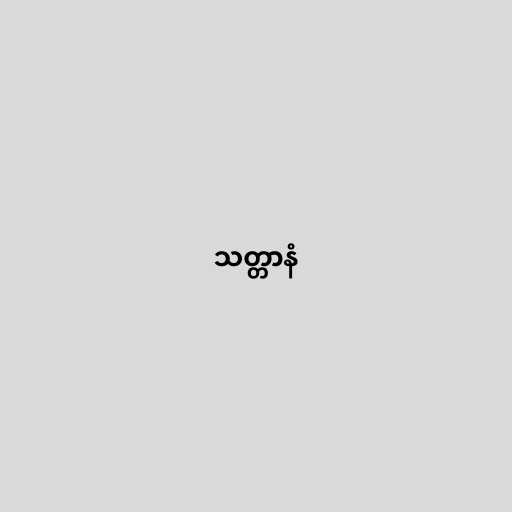
သတ္တာနံ